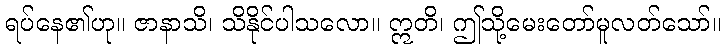
ရပ်နေ၏ဟု။ ဇာနာသိ၊ သိနိုင်ပါသလော။ ဣတိ၊ ဤသို့မေးတော်မူလတ်သော်။